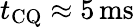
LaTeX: t_{\mathrm{CQ}}\approx 5\, \mathrm{ms}